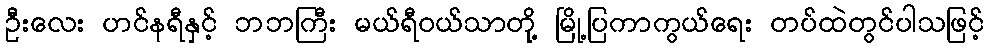
ဦးလေး ဟင်နရီနှင့် ဘဘကြီး မယ်ရီဝယ်သာတို့ မြို့ပြကာကွယ်ရေး တပ်ထဲတွင်ပါသဖြင့်